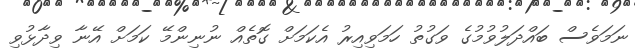
ނަމަވެސް ބައްދަލުވުމުގެ ވަގުތު ހަމަވިއިރު އެކަމަށް ގޮތެއް ނުނިންމޭ ކަމަށް އޭނާ ވިދާޅުވި